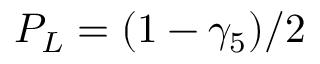
P _ { L } = ( 1 - \gamma _ { 5 } ) / 2